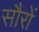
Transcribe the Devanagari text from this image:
सौरों